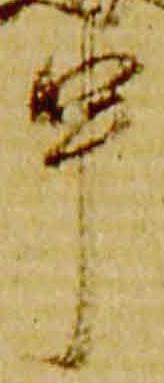
申